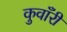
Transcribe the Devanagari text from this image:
कुवाँरी